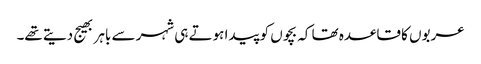
عربوں کا قاعدہ تھا کہ بچوں کو پیدا ہوتے ہی شہر سے باہر بھیج دیتے تھے۔